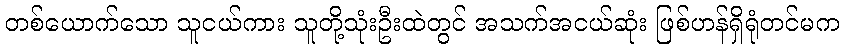
တစ်ယောက်သော သူငယ်ကား သူတို့သုံးဦးထဲတွင် အသက်အငယ်ဆုံး ဖြစ်ဟန်ရှိရုံတင်မက